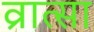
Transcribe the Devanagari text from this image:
व्रात्सा